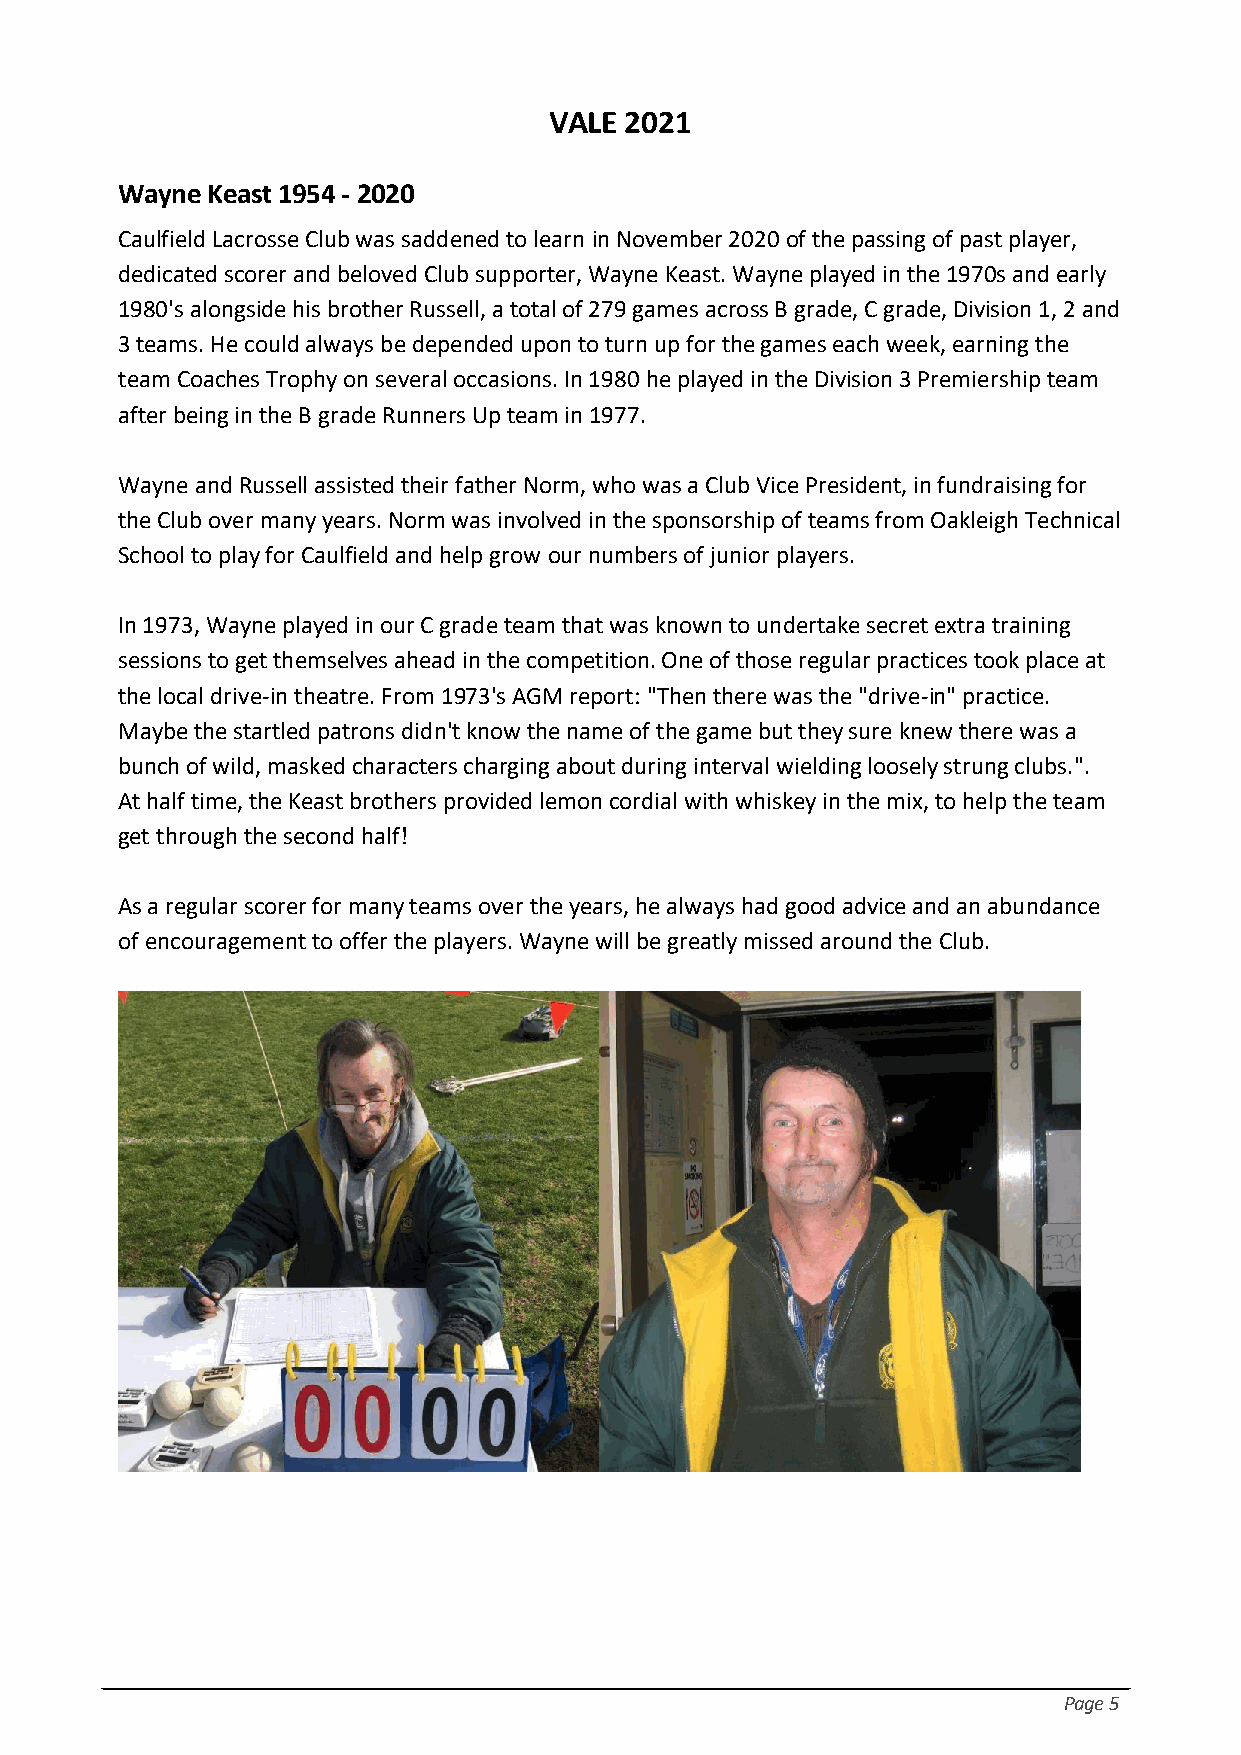
VALE 2021
 Wayne Keast 1954 - 2020
 Caulfield Lacrosse Club was saddened to learn in November 2020 of the passing of past player,
 dedicated scorer and beloved Club supporter, Wayne Keast. Wayne played in the 1970s and early
 1980's alongside his brother Russell, a total of 279 games across B grade, C grade, Division 1, 2 and
 3 teams. He could always be depended upon to turn up for the games each week, earning the
 team Coaches Trophy on several occasions. In 1980 he played in the Division 3 Premiership team
 after being in the B grade Runners Up team in 1977.
 Wayne and Russell assisted their father Norm, who was a Club Vice President, in fundraising for
 the Club over many years. Norm was involved in the sponsorship of teams from Oakleigh Technical
 School to play for Caulfield and help grow our numbers of junior players.
 In 1973, Wayne played in our C grade team that was known to undertake secret extra training
 sessions to get themselves ahead in the competition. One of those regular practices took place at
 the local drive-in theatre. From 1973's AGM report: "Then there was the "drive-in" practice.
 Maybe the startled patrons didn't know the name of the game but they sure knew there was a
 bunch of wild, masked characters charging about during interval wielding loosely strung clubs.".
 At half time, the Keast brothers provided lemon cordial with whiskey in the mix, to help the team
 get through the second half!
 As a regular scorer for many teams over the years, he always had good advice and an abundance
 of encouragement to offer the players. Wayne will be greatly missed around the Club.
 Page 5